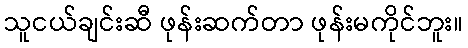
သူငယ်ချင်းဆီ ဖုန်းဆက်တာ ဖုန်းမကိုင်ဘူး။